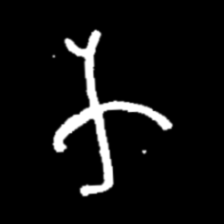
Pyu character \u2014 Myanmar letter: က (romanized: ka)